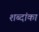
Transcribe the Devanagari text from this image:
शब्दांका